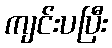
ကျင်းပပြီး